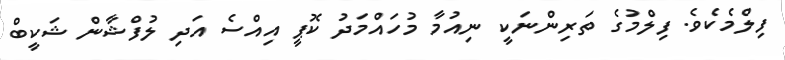
ފިލްމެކެވެ. ފިލްމުގެ ތަރިންނަކީ ނިއުމާ މުހައްމަދު ކޮޕީ އިއްސެ އަދި ލުފްޝާން ޝަކީބް